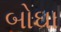
બોઘા